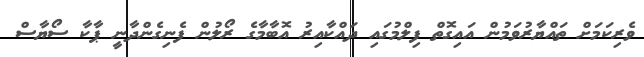
ވެރިކަމަށް ތައްޔާރުވަމުން އައިގޮތް ފިލްމުގައި ދައްކާއިރު އޮބާމާގެ ރޯލުން ފެނިގެންދާނީ ޕާކާ ސޯޔާސް